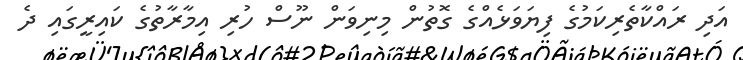
އަދި ރައްކާތެރިކަމުގެ ފިޔަވަޅެއްގެ ގޮތުން މިނިވަން ނޫސް ހުރި އިމާރާތުގެ ކައިރީގައި ދެ